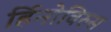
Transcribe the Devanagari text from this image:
र्हिनोविरुस